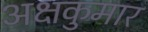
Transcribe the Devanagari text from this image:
अक्षकुमार